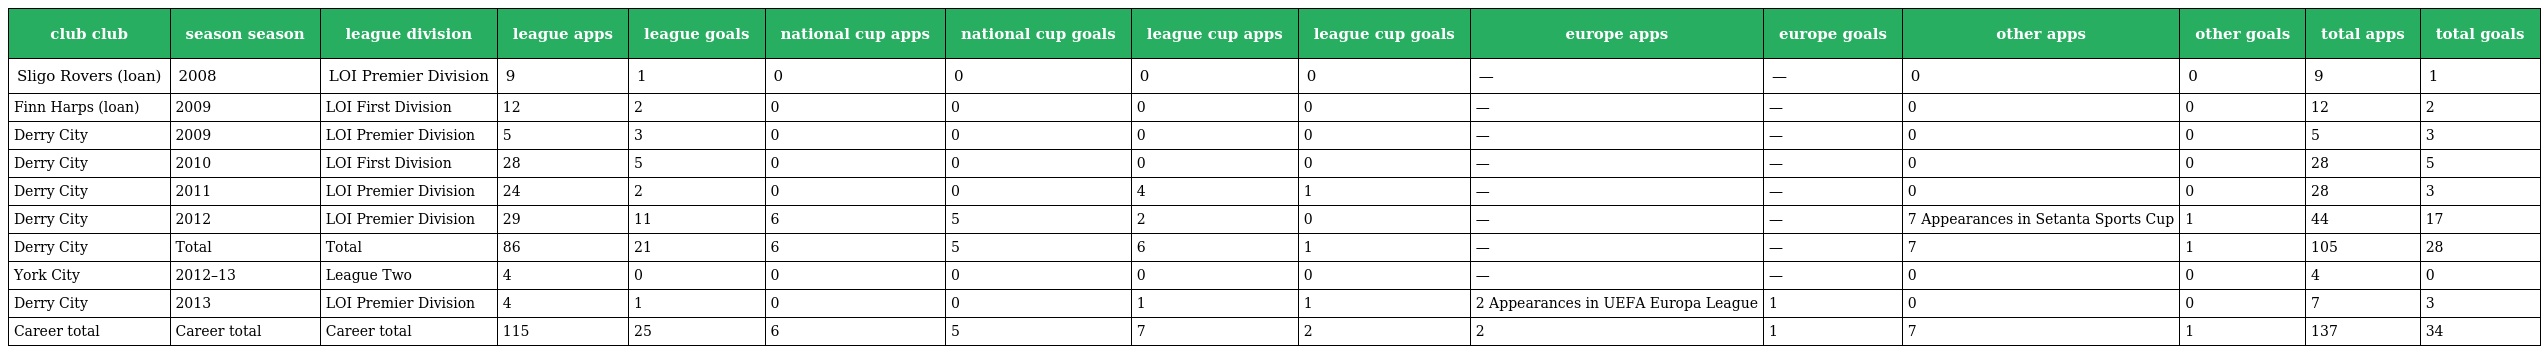
| club club | season season | league division | league apps | league goals | national cup apps | national cup goals | league cup apps | league cup goals | europe apps | europe goals | other apps | other goals | total apps | total goals |
 | --- | --- | --- | --- | --- | --- | --- | --- | --- | --- | --- | --- | --- | --- | --- |
 | Sligo Rovers (loan) | 2008 | LOI Premier Division | 9 | 1 | 0 | 0 | 0 | 0 | — | — | 0 | 0 | 9 | 1 |
 | Finn Harps (loan) | 2009 | LOI First Division | 12 | 2 | 0 | 0 | 0 | 0 | — | — | 0 | 0 | 12 | 2 |
 | Derry City | 2009 | LOI Premier Division | 5 | 3 | 0 | 0 | 0 | 0 | — | — | 0 | 0 | 5 | 3 |
 | Derry City | 2010 | LOI First Division | 28 | 5 | 0 | 0 | 0 | 0 | — | — | 0 | 0 | 28 | 5 |
 | Derry City | 2011 | LOI Premier Division | 24 | 2 | 0 | 0 | 4 | 1 | — | — | 0 | 0 | 28 | 3 |
 | Derry City | 2012 | LOI Premier Division | 29 | 11 | 6 | 5 | 2 | 0 | — | — | 7 Appearances in Setanta Sports Cup | 1 | 44 | 17 |
 | Derry City | Total | Total | 86 | 21 | 6 | 5 | 6 | 1 | — | — | 7 | 1 | 105 | 28 |
 | York City | 2012–13 | League Two | 4 | 0 | 0 | 0 | 0 | 0 | — | — | 0 | 0 | 4 | 0 |
 | Derry City | 2013 | LOI Premier Division | 4 | 1 | 0 | 0 | 1 | 1 | 2 Appearances in UEFA Europa League | 1 | 0 | 0 | 7 | 3 |
 | Career total | Career total | Career total | 115 | 25 | 6 | 5 | 7 | 2 | 2 | 1 | 7 | 1 | 137 | 34 |